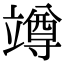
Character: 竴